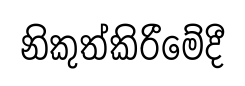
නිකුත්කිරීමේදී